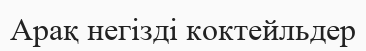
Арақ негізді коктейльдер